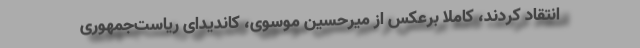
انتقاد کردند، کاملا برعکس از میرحسین موسوی، کاندیدای ریاست‌جمهوری